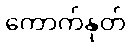
ကောက်နုတ်